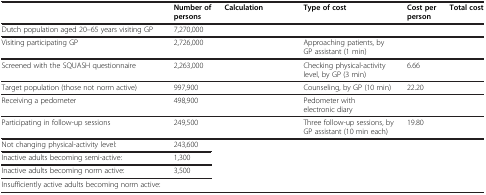
<table><thead><tr><td>[EMPTY_CELL]</td><td><b>Number of persons</b></td><td><b>Calculation</b></td><td><b>Type of cost</b></td><td><b>Cost per person</b></td><td><b>Total cost</b></td></tr></thead><tbody><tr><td>Dutch population aged 20–65 years visiting GP</td><td>7,270,000</td><td>[EMPTY_CELL]</td><td>[EMPTY_CELL]</td><td>[EMPTY_CELL]</td><td>[EMPTY_CELL]</td></tr><tr><td>Visiting participating GP</td><td>2,726,000</td><td>[EMPTY_CELL]</td><td>Approaching patients, by GP assistant (1 min)</td><td>[EMPTY_CELL]</td><td>[EMPTY_CELL]</td></tr><tr><td>Screened with the SQUASH questionnaire</td><td>2,263,000</td><td>[EMPTY_CELL]</td><td>Checking physical-activity level, by GP (3 min)</td><td>6.66</td><td>[EMPTY_CELL]</td></tr><tr><td>Target population (those not norm active)</td><td>997,900</td><td>[EMPTY_CELL]</td><td>Counseling, by GP (10 min)</td><td>22.20</td><td>[EMPTY_CELL]</td></tr><tr><td>Receiving a pedometer</td><td>498,900</td><td>[EMPTY_CELL]</td><td>Pedometer with electronic diary</td><td>[EMPTY_CELL]</td><td>[EMPTY_CELL]</td></tr><tr><td>Participating in follow-up sessions</td><td>249,500</td><td>[EMPTY_CELL]</td><td>Three follow-up sessions, by GP assistant (10 min each)</td><td>19.80</td><td>[EMPTY_CELL]</td></tr><tr><td>Not changing physical-activity level:</td><td>243,600</td><td rowspan="4">[EMPTY_CELL]</td><td rowspan="4">[EMPTY_CELL]</td><td rowspan="4">[EMPTY_CELL]</td><td rowspan="4">[EMPTY_CELL]</td></tr><tr><td>Inactive adults becoming semi-active:</td><td>1,300</td></tr><tr><td>Inactive adults becoming norm active:</td><td>3,500</td></tr><tr><td>Insufficiently active adults becoming norm active:</td><td>[EMPTY_CELL]</td></tr></tbody></table>